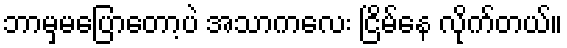
ဘာမှမပြောတော့ပဲ အသာကလေး ငြိမ်နေ လိုက်တယ်။